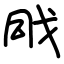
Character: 戙